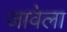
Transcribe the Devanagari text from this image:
जावेला